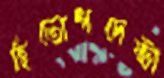
হিতোপদেষ্টা